Standardisation of Calmette's anti-venomous serum with pure cobra venom - Number 1
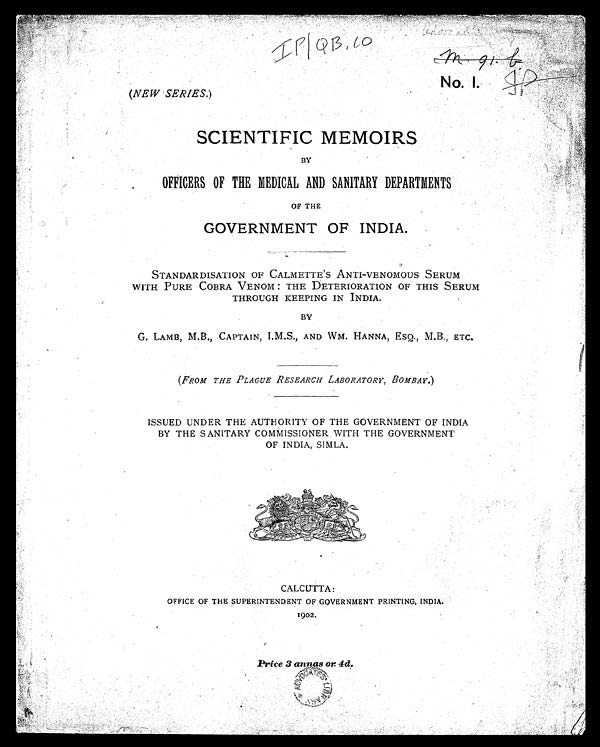
No. I.
(NEW SERIES.)
SCIENTIFIC MEMOIRS
BY
OFFICERS OF THE MEDICAL AND SANITARY DEPARTMENTS
OF THE
GOVERNMENT OF INDIA.
STANDARDISATION OF CALMETTE 'S ANTI-VENOMOUS SERUM
WITH PURE COBRA VENOM : THE DETERIORATION OF THIS SERUM
THROUGH KEEPING IN INDIA.
BY
G. LAMB, M.B., CAPTAIN, I.M.S., AND WM. HANNA, ESQ., M.B., ETC.
(FROM THE PLAGUE RESEARCH LABORATORY, BOMBAY.)
ISSUED UNDER THE AUTHORITY OF THE GOVERNMENT OF INDIA
BY THE SANITARY COMMISSIONER WITH THE GOVERNMENT
OF INDIA, SIMLA.
CALCUTTA:
OFFICE OF THE SUPERINTENDENT OF GOVERNMENT PRINTING, INDIA.
1902.
Price 3 annas or 4d.